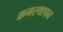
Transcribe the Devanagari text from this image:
क्रमस्थापन